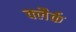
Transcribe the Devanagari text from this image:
क्लैर्क